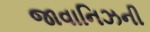
જાવાનિઝની